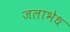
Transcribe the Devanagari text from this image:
जलाभेध